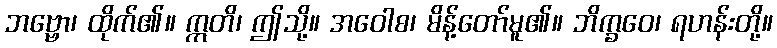
ဘဗ္ဗော၊ ထိုက်၏။ ဣတိ၊ ဤသို့။ အဝေါစ၊ မိန့်တော်မူ၏။ ဘိက္ခဝေ၊ ရဟန်းတို့။